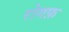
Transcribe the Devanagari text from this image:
रोगफ़